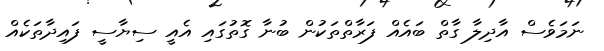
ނަމަވެސް އާދިލާ ގާތް ބައެއް ފަރާތްތަކުން ބުނާ ގޮތުގައި އެއީ ސިޔާސީ ފައިދާތަކެއް